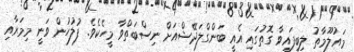
މައުލޫމާތު ލިބިފައިވާ ގޮތުގައި އެއީ ބަންގްލަދޭޝްއަށް ނިސްބަތްވާ މީހެކެވެ. ފުލުހުން ވަނީ މިމަރާއި